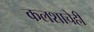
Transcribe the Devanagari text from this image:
कलशाचेही